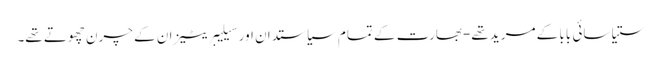
ستیا سائی بابا کے مرید تھے-بھارت کے تمام سیاستدان اور سیلیبریٹیز ان کے چرن چھوتے تھے۔